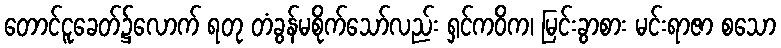
တောင်ငူခေတ်၌လောက် ရတု တံခွန်မစိုက်သော်လည်း ရှင်ကဝိက၊ မြင်းခွာစား မင်းရာဇာ စသော